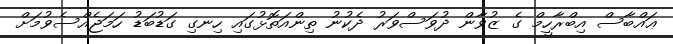
ޢައްބާސް އިބްރާހީމް ގެ ޒުވާން ދުވަސްވަރު ދެކުނު ތިންއަތޮޅުގައި ހިނގި ގަޑުބަޑު ހަމަޖެއްސެވުމަށް